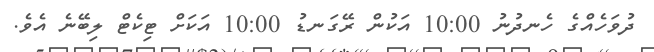
ދުވަހެއްގެ ހެނދުނު 10:00 އަކުން ރޭގަނޑު 10:00 އަކަށް ޓިކެޓް ލިބޭނެ އެވެ.